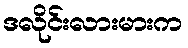
ဒလိုင်းလားမားက